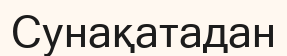
Сунақатадан